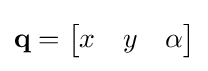
\mathbf {q} ={\begin{bmatrix}x&y&\alpha \end{bmatrix}}